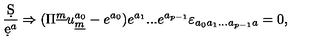
{ \frac { \d S } { \d e ^ { a } } } \Rightarrow ( \Pi ^ { \underline { { m } } } u _ { \underline { { m } } } ^ { a _ { 0 } } - e ^ { a _ { 0 } } ) e ^ { a _ { 1 } } . . . e ^ { a _ { p - 1 } } \varepsilon _ { a _ { 0 } a _ { 1 } . . . a _ { p - 1 } a } = 0 ,